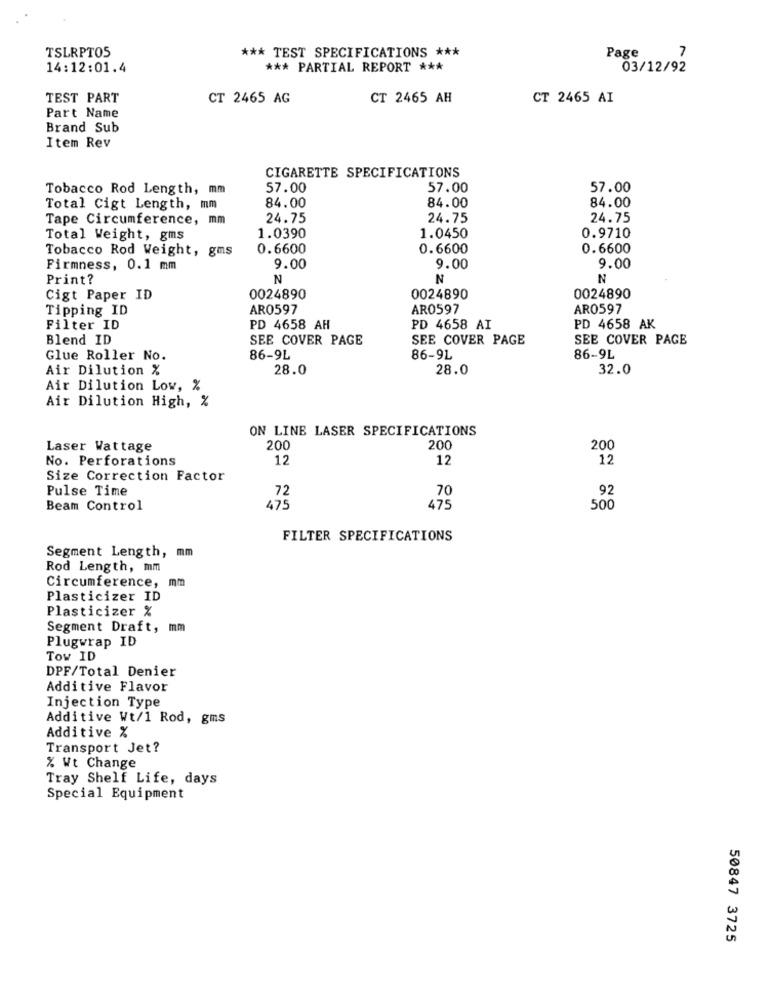
TSLRPTOS
*** TEST SPECIFICATIONS ***
7
Page
14:12:01.4
*** PARTIAL REPORT ***
03/12/92
TEST PART
CT 2465 AG
CT 2465 AH
CT 2465 AI
Part Name
Brand Sub
Item Rev
CIGARETTE SPECIFICATIONS
Tobacco Rod Length, mm
57.00
57.00
57.00
Total Cigt Length, mm
84.00
84.00
84.00
Tape Circumference, mm
24.75
24.75
24.75
Total Weight, gms
1.0390
1.0450
0.9710
Tobacco Rod Weight, gms
0.6600
0.6600
0.6600
Firmness, 0.1 mm
9.00
9.00
9.00
Print?
N
N
N
Cigt Paper ID
0024890
0024890
0024890
Tipping ID
AR0597
AR0597
AR0597
Filter ID
PD 4658 AH
PD 4658 AI
PD 4658 AK
Blend ID
SEE COVER PAGE
SEE COVER PAGE
SEE COVER PAGE
Glue Roller No.
86-9L
86-9L
86-9L
Air Dilution %
28.0
28.0
32.0
Air Dilution Low, %
Air Dilution High, %
ON LINE LASER SPECIFICATIONS
Laser Wattage
200
200
200
No. Perforations
12
12
12
Size Correction Factor
Pulse Time
72
70
92
Beam Control
475
475
500
FILTER SPECIFICATIONS
Segment Length, mm
Rod Length, mm
Circumference,
mm
Plasticizer ID
Plasticizer %
Segment Draft, m
Plugwrap ID
Tow ID
DPF/Total Denier
Additive Flavor
Injection Type
Additive Wt/1 Rod, gms
Additive %
Transport Jet?
% Wt Change
Tray Shelf Life, days
Special Equipment
50847 3725